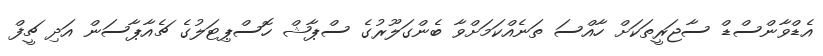
އެޑްވާންސްޑް ސާޖަރީތަކަށް ހާއްސަ ތަނެއްކަމަށްވާ ބެންގަލޫރުގެ ސްޕާޝް ހޮސްޕިޓަލުގެ ޗެއާޕާސަން އަދި ޗީފް